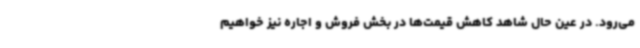
می‌رود. در عین حال شاهد کاهش قیمت‌ها در بخش فروش و اجاره نیز خواهیم